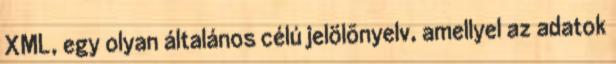
XML, egy olyan általános célú jelölõnyelv, amellyel az adatok